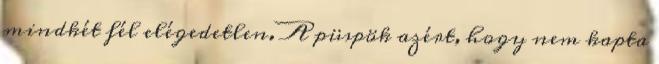
mindkét fél elégedetlen. A püspök azért, hogy nem kapta